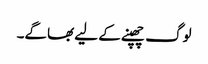
لوگ چھپنے کے لیے بھاگے۔